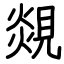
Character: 覢